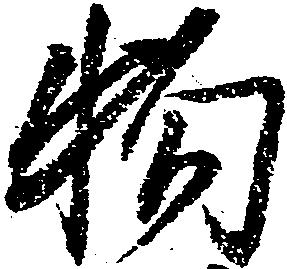
物